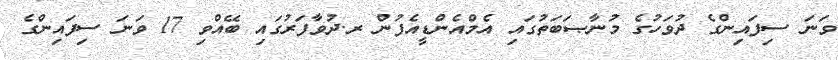
ވަނަ ސިފައިންގެ ދުވަހުގެ މުނާޞަބަތުގައި އެމްއެންޑީއެފުން ރ.ދުވާފަރުގައި ބޭއްވި 17 ވަނަ ސިފައިންގެ